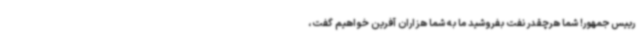
رییس جمهور! شما هرچقدر نفت بفروشید ما به شما هزاران آفرین خواهیم گفت،